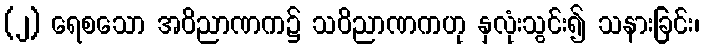
(၂) ရေစသော အဝိညာဏက၌ သဝိညာဏကဟု နှလုံးသွင်း၍ သနားခြင်း၊